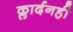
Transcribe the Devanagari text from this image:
क्लार्दनही